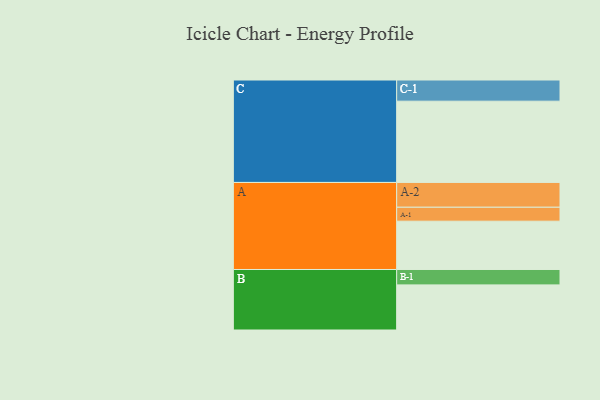
{"axis": {"x": "Segment", "y": "Value"}, "legend": ["", "A", "B", "C"], "data": [{"x": "A", "y": 333, "type": ""}, {"x": "B", "y": 311, "type": ""}, {"x": "C", "y": 560, "type": ""}, {"x": "A-1", "y": 96, "type": "A"}, {"x": "A-2", "y": 171, "type": "A"}, {"x": "B-1", "y": 106, "type": "B"}, {"x": "C-1", "y": 146, "type": "C"}]}